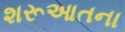
શરૂઆતના